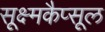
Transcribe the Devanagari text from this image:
सूक्ष्मकैप्सूल